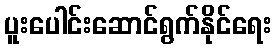
ပူးပေါင်းဆောင်ရွက်နိုင်ရေး